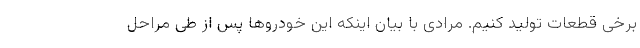
برخی قطعات تولید کنیم. مرادی با بیان اینکه این خودروها پس از طی مراحل